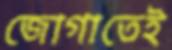
জোগাতেই